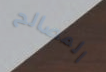
المصالح